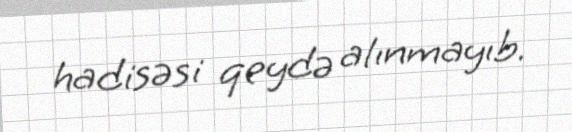
hadisəsi qeydə alınmayıb.